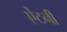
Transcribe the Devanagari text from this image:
ऐंटनी